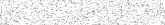
٤١